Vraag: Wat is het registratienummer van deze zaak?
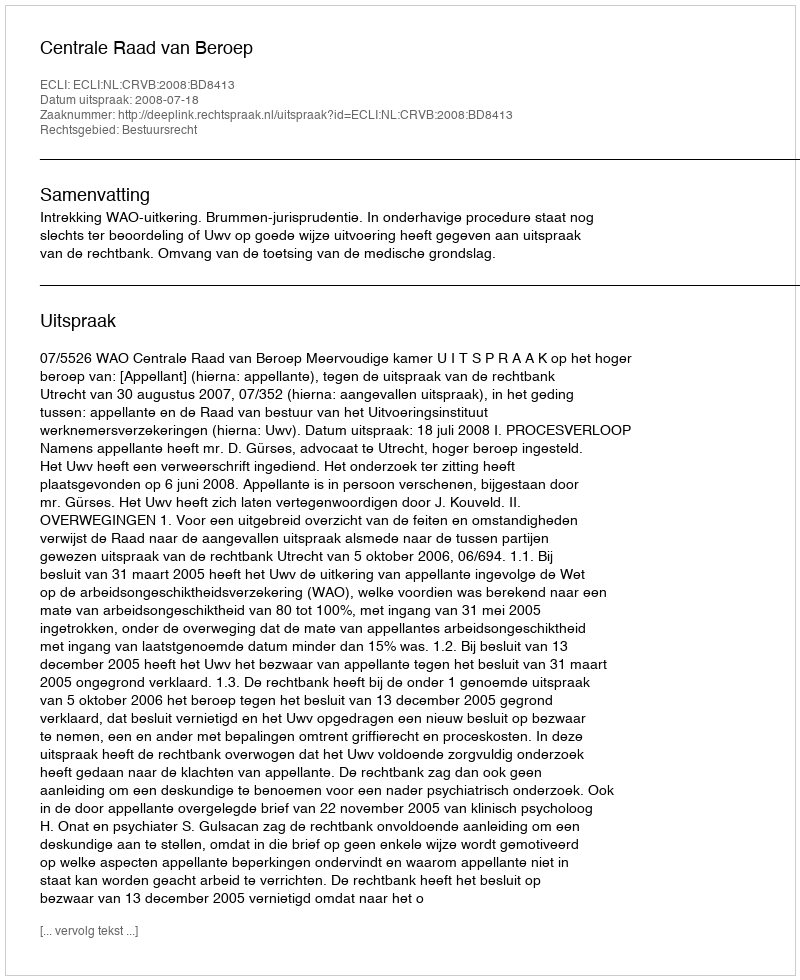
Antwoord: http://deeplink.rechtspraak.nl/uitspraak?id=ECLI:NL:CRVB:2008:BD8413